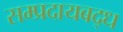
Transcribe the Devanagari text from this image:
सम्प्रदायबद्ध